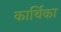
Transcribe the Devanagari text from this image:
कार्थिका